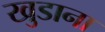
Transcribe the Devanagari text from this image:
खुडाना